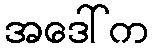
အဒေါ်က